Annual administration report of the Civil Veterinary Department of India - 1905-1906
Year: 1905
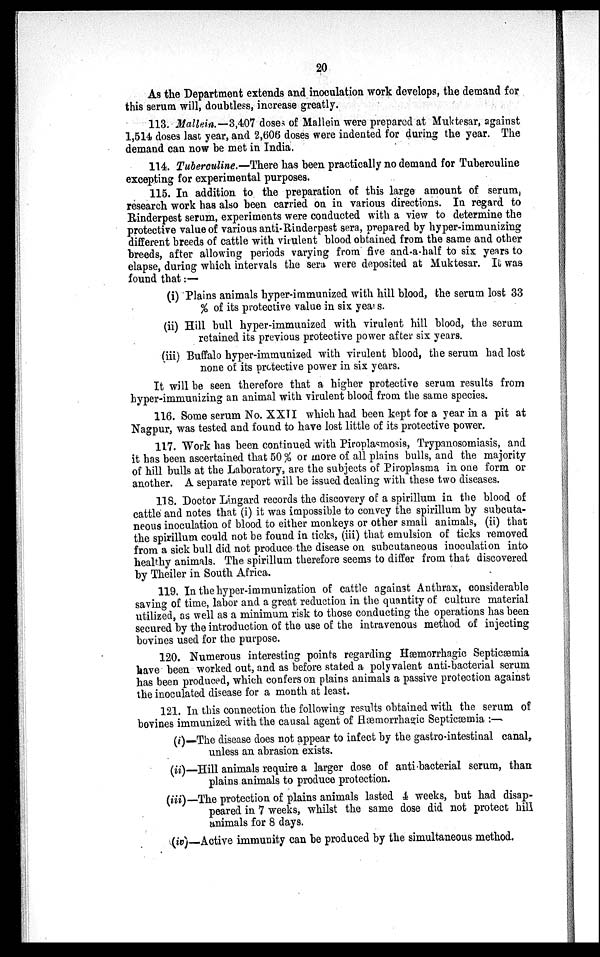
20
As the Department extends and inoculation work develops, the demand for
this serum will, doubtless, increase greatly.
113. Mallein.—3,407 doses of Mallein were prepared at Muktesar, against
1,514 doses last year, and 2,606 doses were indented for during the year. The
demand can now be met in India.
114. Tuberculine.—There has been practically no demand for Tuberculine
excepting for experimental purposes.
115. In addition to the preparation of this large amount of serum,
research work has also been carried on in various directions. In regard to
Rinderpest serum, experiments were conducted with a view to determine the
protective value of various anti-Rinderpest sera, prepared by hyper-immunizing
different breeds of cattle with virulent blood obtained from the same and other
breeds, after allowing periods varying from five and-a-half to six years to
elapse, during which intervals the sera were deposited at Muktesar. It was
found that:—
(i) Plains animals hyper-immunized with hill blood, the serum lost 33
% of its protective value in six years.
(ii) Hill bull hyper-immunized with virulent hill blood, the serum
retained its previous protective power after six years.
(iii) Buffalo hyper-immunized with virulent blood, the serum had lost
none of its protective power in six years.
It will be seen therefore that a higher protective serum results from
hyper-immunizing an animal with virulent blood from the same species.
116. Some serum No. XXII which had been kept for a year in a pit at
Nagpur, was tested and found to have lost little of its protective power.
117. Work has been continued with Piroplasmosis, Trypanosomiasis, and
it has been ascertained that 50 % or more of all plains bulls, and the majority
of hill bulls at the Laboratory, are the subjects of Piroplasma in one form or
another. A separate report will be issued dealing with these two diseases.
118. Doctor Lingard records the discovery of a spirillum in the blood of
cattle and notes that (i) it was impossible to convey the spirillum by subcuta-
neous inoculation of blood to either monkeys or other small animals, (ii) that
the spirillum could not be found in ticks, (iii) that emulsion of ticks removed
from a sick bull did not produce the disease on subcutaneous inoculation into
healthy animals. The spirillum therefore seems to differ from that discovered
by Theiler in South Africa.
119. In the hyper-immunization of cattle against Anthrax, considerable
saving of time, labor and a great reduction in the quantity of culture material
utilized, as well as a minimum risk to those conducting the operations has been
secured by the introduction of the use of the intravenous method of injecting
bovines used for the purpose.
120. Numerous interesting points regarding Hæmorrhagic Septicæmia
have been worked out, and as before stated a polyvalent anti-bacterial serum
has been produced, which confers on plains animals a passive protection against
the inoculated disease for a month at least.
121. In this connection the following results obtained with the serum of
bovines immunized with the causal agent of Hæmorrhage Septicæmia :—
(i)—The disease does not appear to infect by the gastro-intestinal canal,
unless an abrasion exists.
(ii)—Hill animals require a larger dose of anti bacterial serum, than
plains animals to produce protection.
(iii)— The protection of plains animals lasted 4 weeks, but had disap-
peared in 7 weeks, whilst the same dose did not protect hill
animals for 8 days.
(iv)—Active immunity can be produced by the simultaneous method.